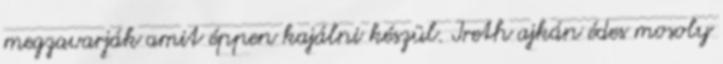
megzavarják amit éppen kajálni készül. Ireth ajkán édes mosoly